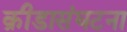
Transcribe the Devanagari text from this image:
क्रीडासंघटना